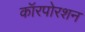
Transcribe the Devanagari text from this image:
कॉरपोरशन